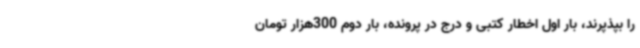
را بپذپرند، بار اول اخطار کتبی و درج در پرونده، بار دوم 300هزار تومان